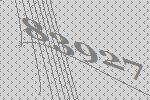
83927